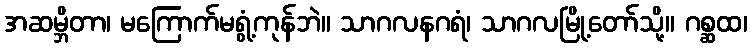
အဆမ္ဘိတာ၊ မကြောက်မရွံ့ကုန်ဘဲ။ သာဂလနဂရံ၊ သာဂလမြို့တော်သို့။ ဂစ္ဆထ၊